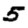
Digit: 5